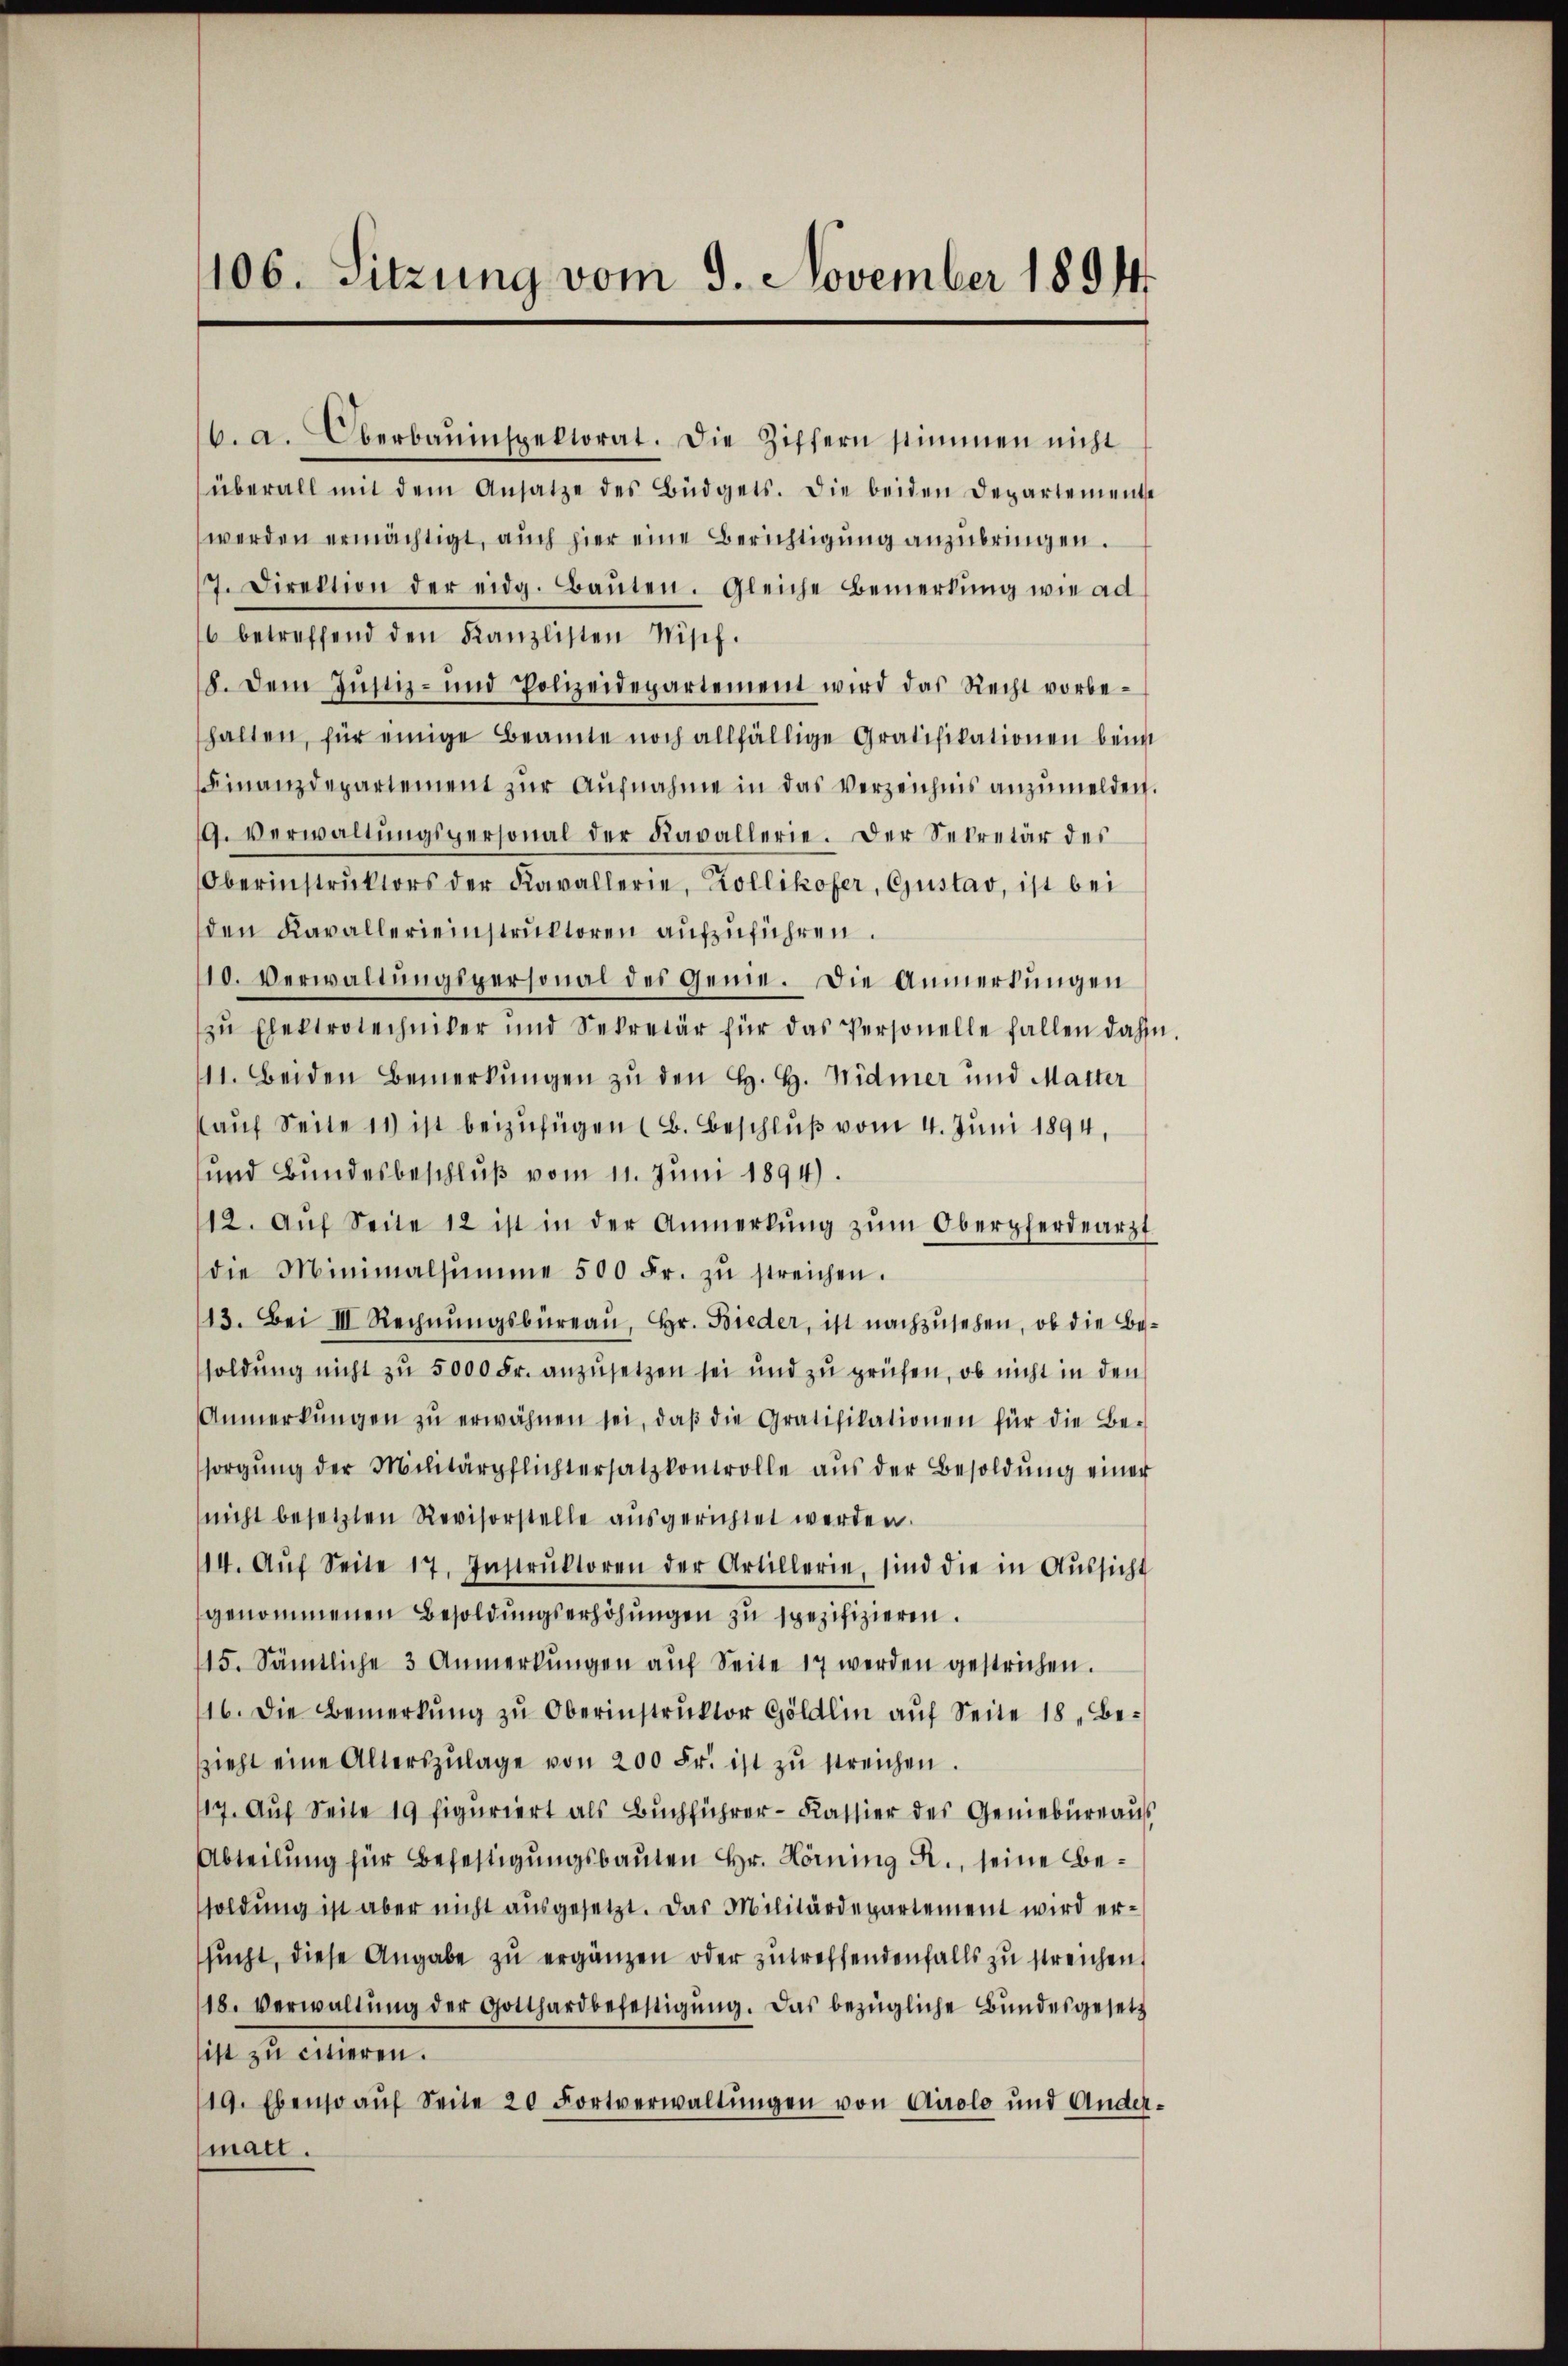
106. Sitzung vom 9. November 1894

6. a. Oberbauinspektorat. Die Ziffern stimmen nicht
überall mit dem Ansatze des Büdgets. Die beiden Departemente
werden ermächtigt, auch hier eine Berichtigung anzubringen.
7. Direktion der eidg. Baŭten. Gleiche Bemerkŭng wie ad
6 betreffend den Kanzlisten Nisif.
b. Dem Justiz- und Polizeidepartement wird das Recht vorbe-
halten, für einige Beamte noch allfällige Gratifikationen beim
Finanzdepartement zŭr Aŭfnahme in das verzeichnis anzumelden.
9. Verwaltŭngspersonal der Kavallerie. Der Sekretär des
Oberinstrŭktors der Kavallerie, Kollikofer, Gustav, ist bei
den Kavallereinstruktoren aufzuführen.
10. Verwaltungspersonal des Genie. Die Anmerkungen
zŭ Elektrotechniker und Sekretär für das Personelle fallen dahi
11. Beiden Bemerkŭngen zu den H. H. Widmer und Matter
auf Seite 11 ist beizufügen (B. Beschluß vom 4. Juni 1894,
und Bundesbeschluß vom 11. Juni 1894).
12. Aŭf Seite 12 ist in der Anmerkŭng zŭm Oberpferdearzt
die Minimalsumme 500 Fr. zŭ streichen.
13. Bei III. Rechnŭngsbüreaŭ, Hr. Bieder, ist nachzusehen, ob die Besoldung nicht zu 5000 Fr. anzusetzen sei und zu prüfen, ob nicht in den
Anmerkŭngen zŭ erwähnen sei, daβ die Gratifikationen für die Be-
sorgŭng der Militärpflichtersatzkontrolle aŭs der Besoldŭng einer
nicht besetzten Revisorstelle ausgerichtet werden.
14. Aŭf Seite 17. Instrŭktoren der Artillerie, sind die in Aŭssicht
genommenen Besoldungserhöhungen zu spezifizieren.
115. Sämtliche 3 Anmerkŭngen aŭf Seite 17 werden gestrichen.
16. Die Bemerkŭng zŭ Oberinstrŭktor Göldlin aŭf Seite 18, Be-
zieht eine Alterszŭlage von 200 Fr. ist zŭ streichen.
117. Auf Seite 19 figuriert als Buchführer-Kassier des Geniebüreaus
Abteilung für Befestigungsbauten Hr. Köning R., seine Besoldung ist aber nicht ausgesetzt. Das Militärdepartement wird ersucht, diese Angabe zu ergänzen oder zutreffendenfalls zu streichen.
18. Verwaltŭng der Gotthardbefestigŭng. Das bezügliche Bundesgesetz
sitt zu citieren.
19. Ebenso aŭf Seite 20 Fortverwaltŭngen von Airolo und Ander-
matt.